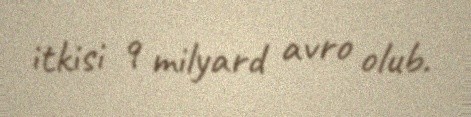
itkisi 9 milyard avro olub.